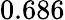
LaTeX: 0.686